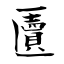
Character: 匵